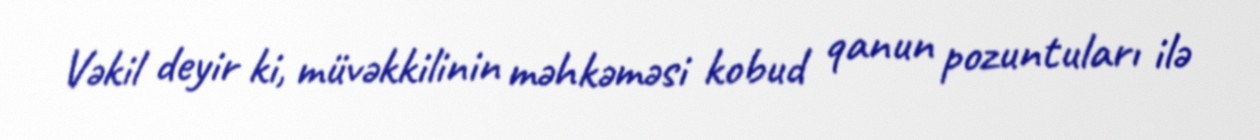
Vəkil deyir ki, müvəkkilinin məhkəməsi kobud qanun pozuntuları ilə